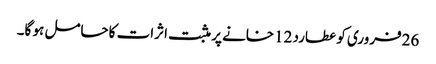
26فروری کو عطارد 12خانے پر مثبت اثرات کاحامل ہو گا۔